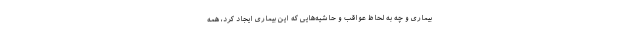
بیماری و چه به لحاظ عواقب و حاشیه‌هایی که این بیماری ایجاد کرد، همه